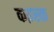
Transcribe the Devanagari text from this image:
कइस्क